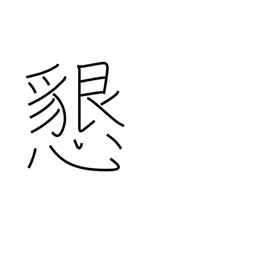
Meaning: hospitable